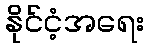
နိုင်ငံ့အရေး